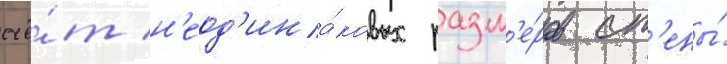
счё́т н'еод'ина́ковых разм'е́ров ст'ены́